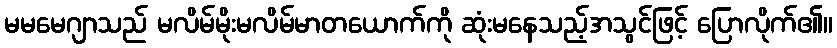
မမမေဂျာသည် မလိမ်မိုးမလိမ်မာတယောက်ကို ဆုံးမနေသည့်အသွင်ဖြင့် ပြောလိုက်၏။